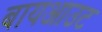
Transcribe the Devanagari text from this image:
बायआउट